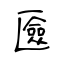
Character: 匳